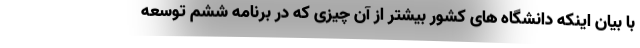
با بیان اینکه دانشگاه های کشور بیشتر از آن چیزی که در برنامه ششم توسعه